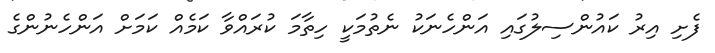
ފެށި އިރު ކައުންސިލުގައި އަންހެނަކު ނެތުމަކީ ހިތާމަ ކުރައްވާ ކަމެއް ކަމަށް އަންހެނުންގެ